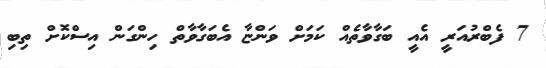
7 ފެބްރުއަރީ އެއީ ބަގާވާތެއް ކަމަށް ވަންޏާ އެބަގާވާތް ހިންގަން އިސްކޮށް ތިބި